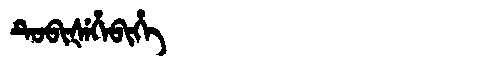
Manchu: ᡨᡠᠪᡳᡧᡝᡥᡝᠪᡳᡥᡝ
Romanization: TUBIŠEHEBIHE